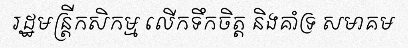
រដ្ឋមន្ត្រីកសិកម្ម លើកទឹកចិត្ត និងគាំទ្រ សមាគម